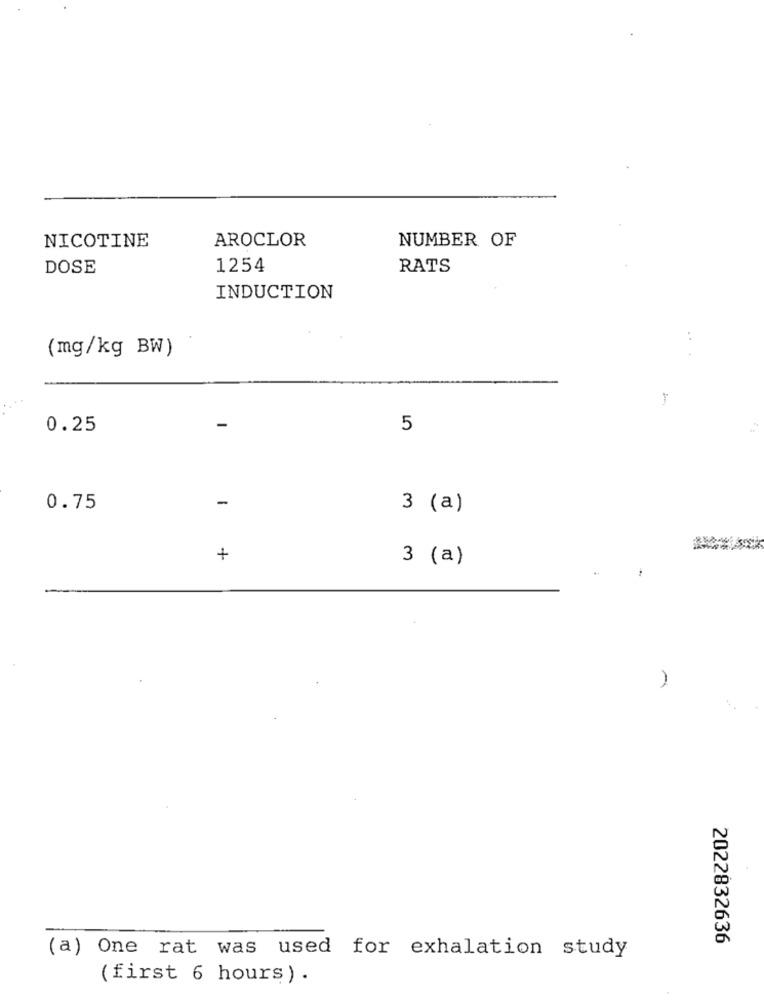
NICOTINE
AROCLOR
NUMBER OF
DOSE
1254
RATS
INDUCTION
...
(mg/kg BW)
0.25
5
-
0.75
: (a)
m
+
3 (a)
-
2022832636
(a) One rat was used for exhalation study
(first 6 hours) .